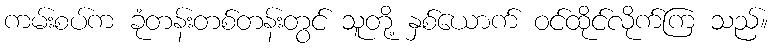
ကမ်းစပ်က ခုံတန်းတစ်တန်းတွင် သူတို့ နှစ်ယောက် ဝင်ထိုင်လိုက်ကြ သည်။